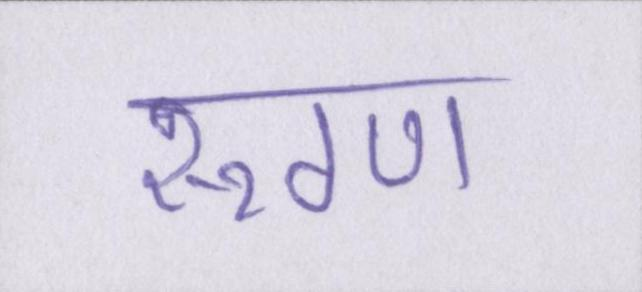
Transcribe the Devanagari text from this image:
रूग्ण